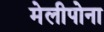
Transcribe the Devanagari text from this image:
मेलीपोना